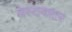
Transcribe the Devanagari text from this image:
वेस्टवाटर